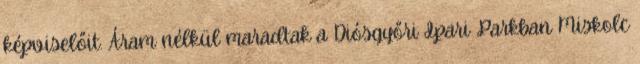
képviselőit. Áram nélkül maradtak a Diósgyőri Ipari Parkban Miskolc